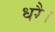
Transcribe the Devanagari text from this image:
धरै।